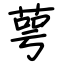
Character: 萼